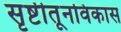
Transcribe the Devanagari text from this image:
सृष्टीतूनविकास